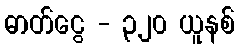
ဓာတ်ငွေ - ၃၂၀ ယူနစ်